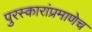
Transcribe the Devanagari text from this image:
पुरस्कारांप्रमाणेच